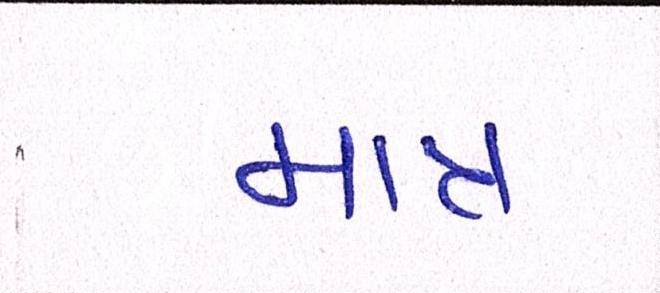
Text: માત્ર